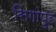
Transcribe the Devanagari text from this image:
सिगांपुर